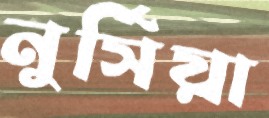
নুর্সিয়া